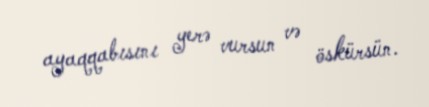
ayaqqabısını yerə vursun və öskürsün.